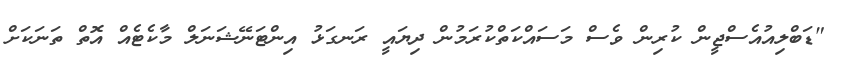
"ޑަބްލިއުއެސްޖީން ކުރިން ވެސް މަސައްކަތްކުރަމުން ދިޔައީ ރަނގަޅު އިންޓަނޭޝަނަލް މާކެޓެއް އޮތް ތަނަކަށް